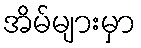
အိမ်များမှာ